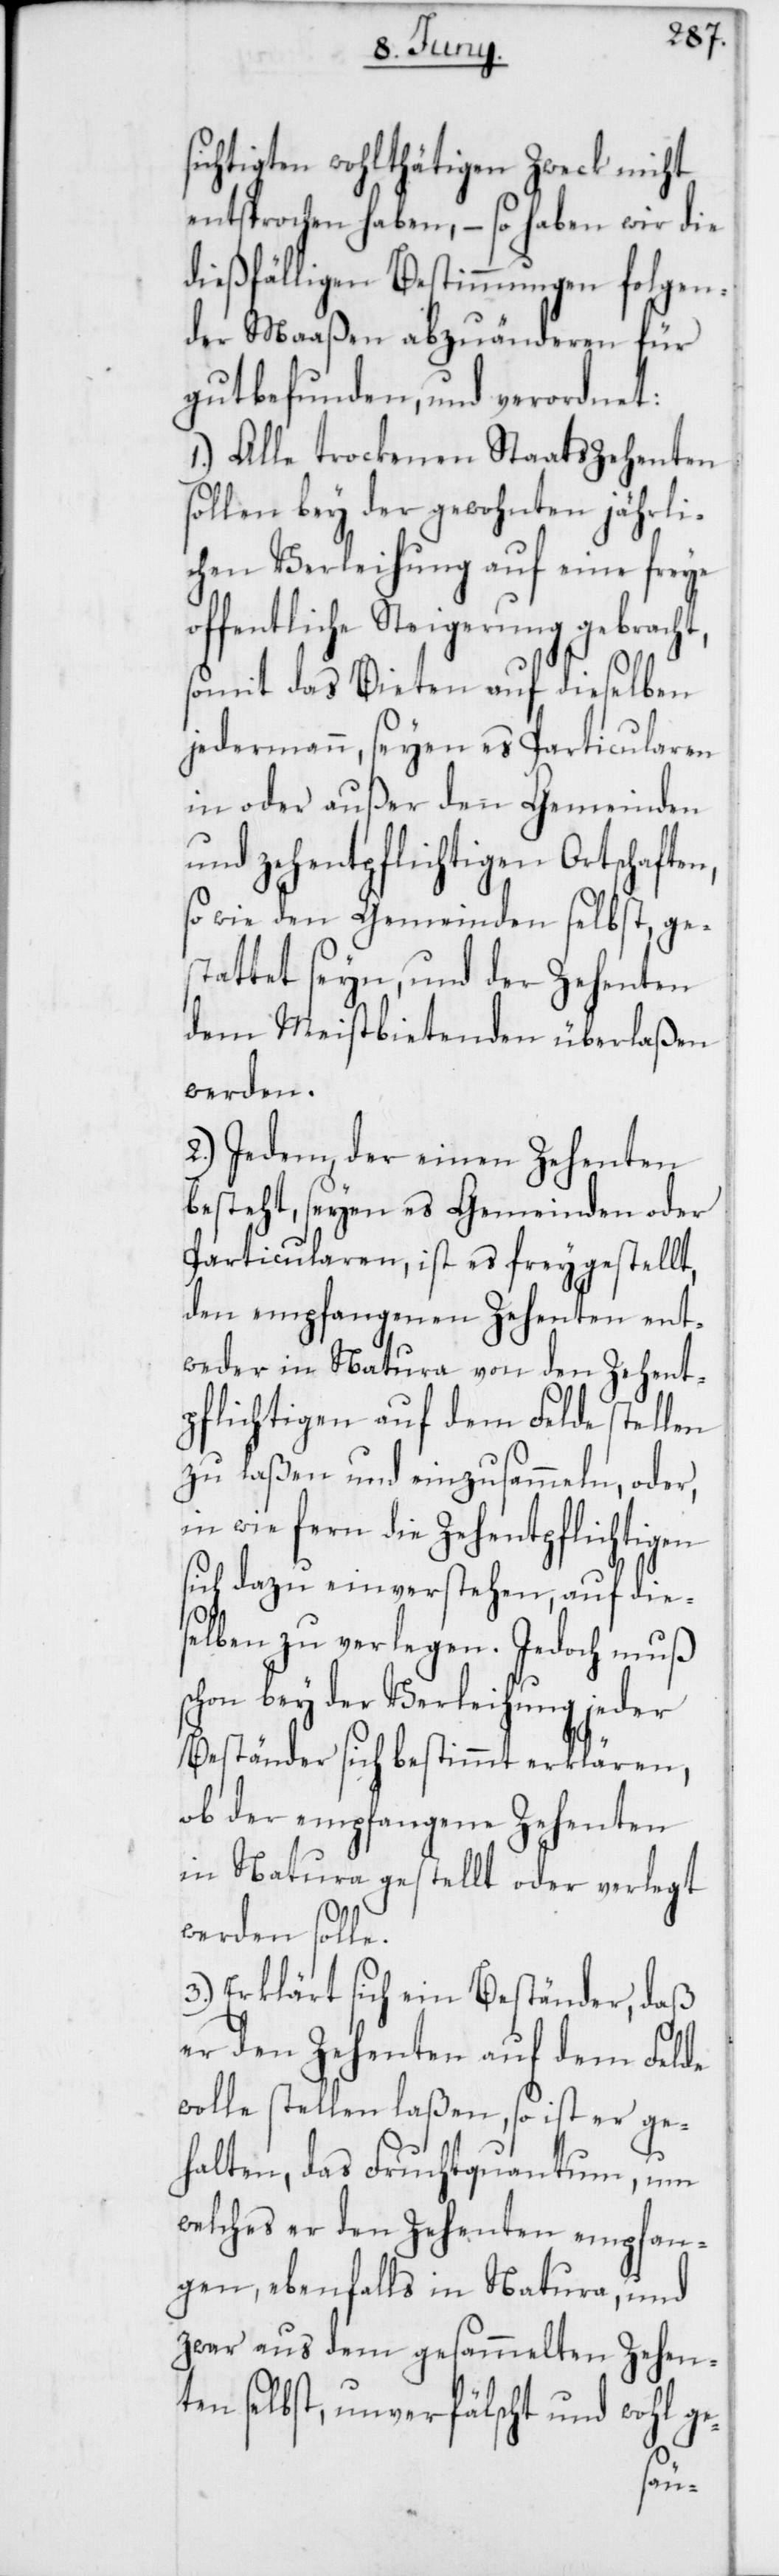
sichtigten wohlthätigen Zweck nicht
entsprochen haben, – so haben wir die
dießfälligen Bestimmungen folgen¬
der Maaßen abzuänderen für
gut befunden, und verordnet:
1.) Alle trockenen Staatszehenten
sollen bey der gewohnten jährli¬
chen Verleihung auf eine freye
öffentliche Steigerung gebracht,
somit das Bieten auf dieselben
jedermann, seyen es Particularen
in oder außer den Gemeinden
und zehentpflichtigen Ortschaft¬
so wie den Gemeinden selbst, ge¬
stattet seyn, und der Zehenten
dem Meistbietenden überlaßen
werden.
2) Jedem, der einen Zehenten
besteht, seyen es Gemeinden oder
Particularen, ist es freygestellt,
den empfangenen Zehenten ent¬
weder in Natura von den Zehent¬
pflichtigen auf dem Felde stellen
zu laßen und einzusammeln, oder,
in wie fern die Zehentpflichtigen
sich dazu einverstehen, auf die¬
selben zu verlegen. Jedoch muß
schon bey der Verleihung jeder
Beständer sich bestimmt erklären,
ob der empfangene Zehenten
in Natura gestellt oder verlegt
werden solle.
3.) Erklärt sich ein Beständer, daß
er den Zehenten auf dem Felde
wolle stellen laßen, so ist er ge¬
halten, das Fruchtquantum, um
welches er den Zehenten empfan¬
gen, ebenfalls in Natura, und
zwar aus dem gesammelten Zehen¬
ten selbst, unverfälscht und wohl ge-
en,